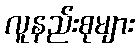
လူနည်းစုများ